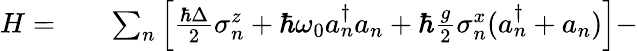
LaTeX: \begin{array}{rlr}{H=}&{{}}&{\sum_{n}\left[\frac{\hbar\Delta}{2}\sigma_{n}^{z}+\hbar\omega_{0}a_{n}^{\dagger}a_{n}+\hbar\frac{g}{2}\sigma_{n}^{x}(a_{n}^{\dagger}+a_{n})\right]-}\end{array}